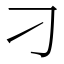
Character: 刁